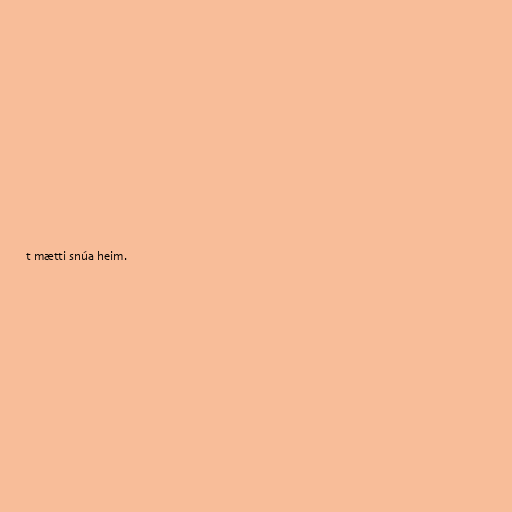
t mætti snúa heim.